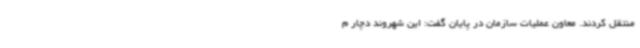
منتقل کردند. معاون عملیات سازمان در پایان گفت‌: این شهروند دچار م